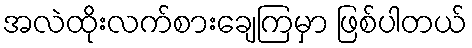
အလဲထိုးလက်စားချေကြမှာ ဖြစ်ပါတယ်